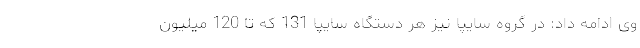
وی ادامه داد: در گروه سایپا نیز هر دستگاه سایپا 131 که تا 120 میلیون